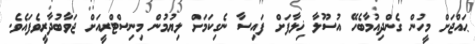
ޙައްޖަށް މީހުން ގެންދިއުމާބެހޭ އުސޫލާ ޚިލާފަށް ފައިސާ ނެގިކަމަށް ލިޔުމުން މިނިސްޓްރީއަށް ޖަވާބުދާރީވެފައެވެ.